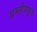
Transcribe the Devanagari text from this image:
अम्लीयकृत